Civil Veterinary Department Bihar & Orissa reports 1911-21 - 1911-1921
Year: 1911
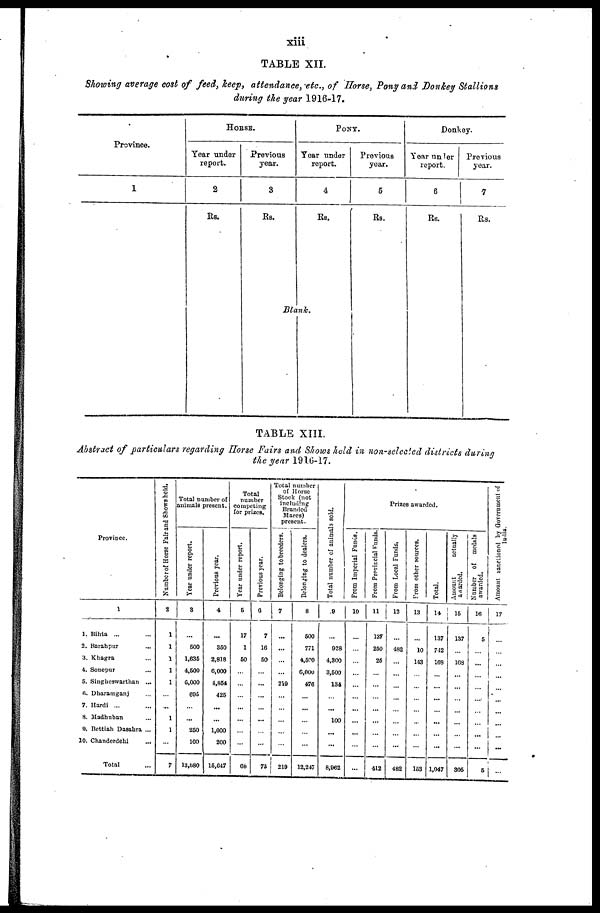
xiii
TABLE XII.
Showing average cost of feed, keep, attendance, etc., of Horse, Pony and Donkey Stallions
during the year 1916-17.
Province.
1
HORSE.
Year under
report.
2
Rs.
Previous
year.
3
Rs.
PONY.
Year under
report.
4
Rs.
Previous
year.
5
Rs.
Donkey.
Year under
report.
6
Rs.
Previous
year.
7
Rs.
Blank.
TABLE XIII.
Abstract of particulars regarding Horse Fairs and Shows held in non-selceted districts during
the year 1916-17.
Province.
1
1. Bihta ... ...
2. Barahpur ...
3. Khagra ...
4. Sonepur ...
5. Sinhgheswarthan ...
6. Dharamganj ...
7. Hardi ... ...
8. Madhuban ...
9. Bettiah Dasahra ...
10. Chanderdehi ...
Total ...
Nnmber
of Horse Fair and Shows held.
2
1
1
1
1
1
...
...
1
1
...
7
Total number of
animals present.
Year under report.
3
...
500
1,636
4,500
0,000
605
...
...
250
100
13,680
Previous year.
4
...
350
2,818
6,000
1,864
426
...
...
1,000
200
16,047
Total
number
competing
for prizes.
Year under report.
5
17
1
60
...
...
...
...
...
...
...
06
Previous year.
0
7
16
60
...
...
...
...
...
...
...
73
Total number
of Horse
Stock (not
including
Branded
Marcs)
present.
Belonging to breeders.
7
...
...
...
...
219
...
...
...
...
...
210
Belonging to dealers.
8
600
771
4,600
6,000
476
...
...
...
...
...
12,247
Total number of animals sold.
.9
...
028
4.800
3,600
134
...
100
...
...
8,062
Prizes awarded.
From Imperial Funds.
10
...
...
...
...
...
...
...
...
...
...
From Provincial Funds.
11
137
260
25
...
...
...
...
...
...
...
412
From Local Funds,
12
482
...
...
...
...
...
...
...
482
From other sources.
13
...
10
143
...
...
...
...
...
...
...
163
Total.
14
137
712
168
...
...
...
...
...
...
...
1,047
Amount
actually
awarded.
15
137
...
168
...
...
...
...
...
...
...
305
Number of
medals
awarded.
16
6
...
...
...
...
...
...
...
...
...
5
Amount sanctioned by Government of
India..
17
...
...
...
...
...
...
...
...
...
...
...